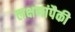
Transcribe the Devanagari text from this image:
लक्षणांपैकी